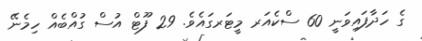
ގެ ހަދާފައިވަނީ 60 ސްކެއަރ މީޓަރގައެވެ. 29 ފޫޓް އުސް ގުއްބެއް ހިމެނޭ